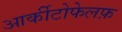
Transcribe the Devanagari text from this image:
आर्कीटोफेलफ़